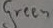
Text: Green